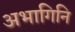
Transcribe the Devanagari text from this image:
अभागिनि